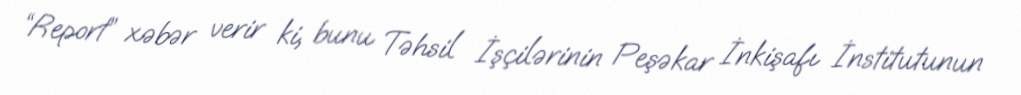
“Report” xəbər verir ki, bunu Təhsil İşçilərinin Peşəkar İnkişafı İnstitutunun